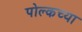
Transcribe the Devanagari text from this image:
पोल्कच्या